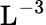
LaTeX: \mathrm{L^{-3}}